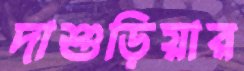
দাশুড়িয়ার